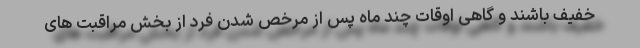
خفیف باشند و گاهی اوقات چند ماه پس از مرخص شدن فرد از بخش مراقبت های